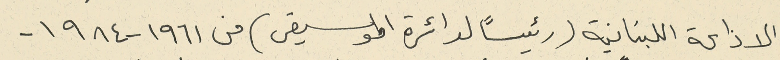
الاذاعة اللبنانية (رئيساً لدائرة الموسيقى) من ١٩٦١ - ١٩٨٤ -